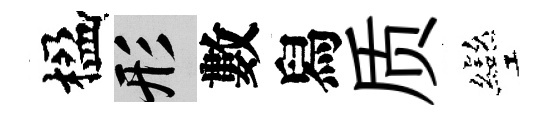
楹形數舄质彎